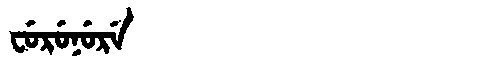
Manchu: ᠸᡠᡵᡠᠨᡠᡵᡝ
Romanization: FURUNURE